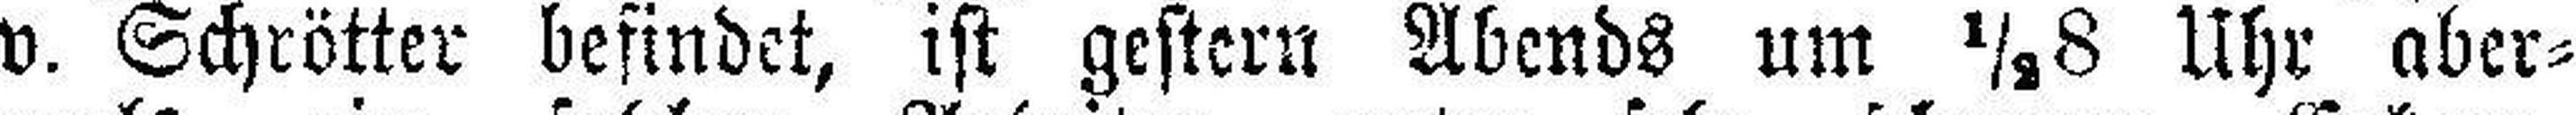
v. Schrötter befindet, ist gestern Abends um ½8 Uhr aber¬